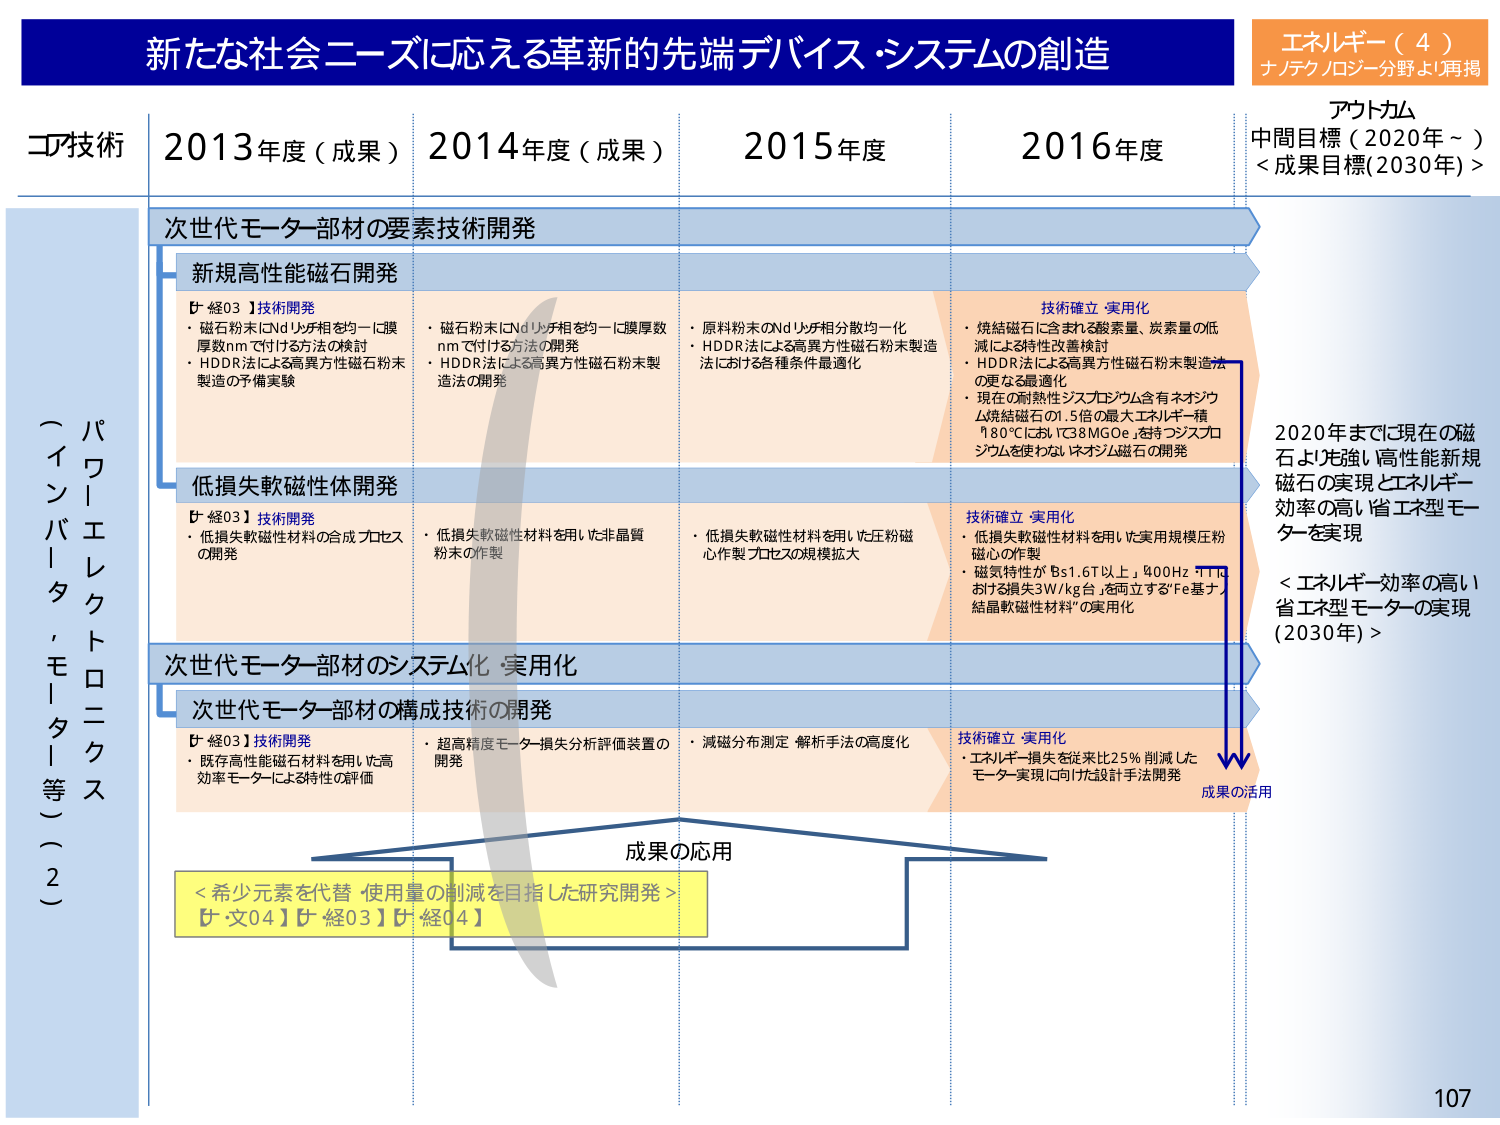
新たな社会ニーズに応える革新的先端デバイス・システムの創造
エネルギー（4）
ナノテクノロジー分野より再掲

コア技術
2013年度（成果）
2014年度（成果）
2015年度
2016年度
アウトカム
中間目標（2020年～）
＜成果目標(2030年)＞

パワーエレクトロニクス
（インバータ，モーター等）（2）

次世代モーター部材の要素技術開発

新規高性能磁石開発
【経03】技術開発
・磁石粉末にNdリッチ相を均一に膜厚数nmで付ける方法の検討
・HDDR法による高異方性磁石粉末製造の予備実験

・磁石粉末にNdリッチ相を均一に膜厚数nmで付ける方法の開発
・HDDR法による高異方性磁石粉末製造法の開発

・原料粉末のNdリッチ相分散均一化
・HDDR法による高異方性磁石粉末製造法における各種条件最適化

技術確立・実用化
・焼結磁石に含まれる酸素量、炭素量の低減による特性改善検討
・HDDR法による高異方性磁石粉末製造法の更なる最適化
・現在の耐熱性ジスプロシウム含有ネオジウム焼結磁石の1.5倍の最大エネルギー積（180℃において38MGOe）を持つジスプロシウムを使わないネオジウム磁石の開発

低損失軟磁性体開発
【経03】技術開発
・低損失軟磁性材料の合成プロセスの開発

・低損失軟磁性材料を用いた非晶質粉末の作製

・低損失軟磁性材料を用いた圧粉磁心作製プロセスの規模拡大

技術確立・実用化
・低損失軟磁性材料を用いた実用規模圧粉磁心の作製
・磁気特性がBs1.6T以上、400Hzで1Tにおける損失3W/kg台を両立する「Fe基ナノ結晶軟磁性材料」の実用化

次世代モーター部材のシステム化・実用化

次世代モーター部材の構成技術の開発
【経03】技術開発
・既存高性能磁石材料を用いた高効率モーターによる特性の評価

・超高精度モーター損失分析評価装置の開発

・減磁分布測定・解析手法の高度化

技術確立・実用化
・エネルギー損失を従来比25％削減したモーター実現に向けた設計手法開発

成果の活用

成果の応用
＜希少元素を代替・使用量の削減を目指した研究開発＞
【文04】【経03】【経04】

2020年までに現在の磁石より先強い高性能新規磁石の実現とエネルギー効率の高い省エネ型モーターを実現
＜エネルギー効率の高い省エネ型モーターの実現（2030年）＞

107